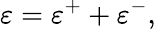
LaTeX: \varepsilon=\varepsilon^{+}+\varepsilon^{-},